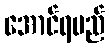
အောင်ရမည်